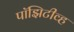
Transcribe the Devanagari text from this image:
पॉझिटीव्ह